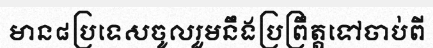
មាន៨ប្រទេសចូលរួមនឹងប្រព្រឹត្តទៅចាប់ពី